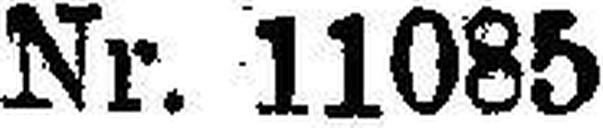
Nr. 11085